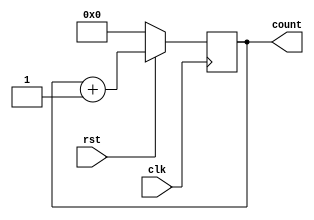
`timescale 1ns / 1ps

module counter #(parameter N =8)
              (
              input clk,
              input rst,
              output reg [N-1:0] count
               );
               
    always@(posedge clk)
    begin
    if(rst == 0)
     begin
     count <= 0;
     end else
      begin
      count <= count + 1;
      end     
    end           
               
endmodule